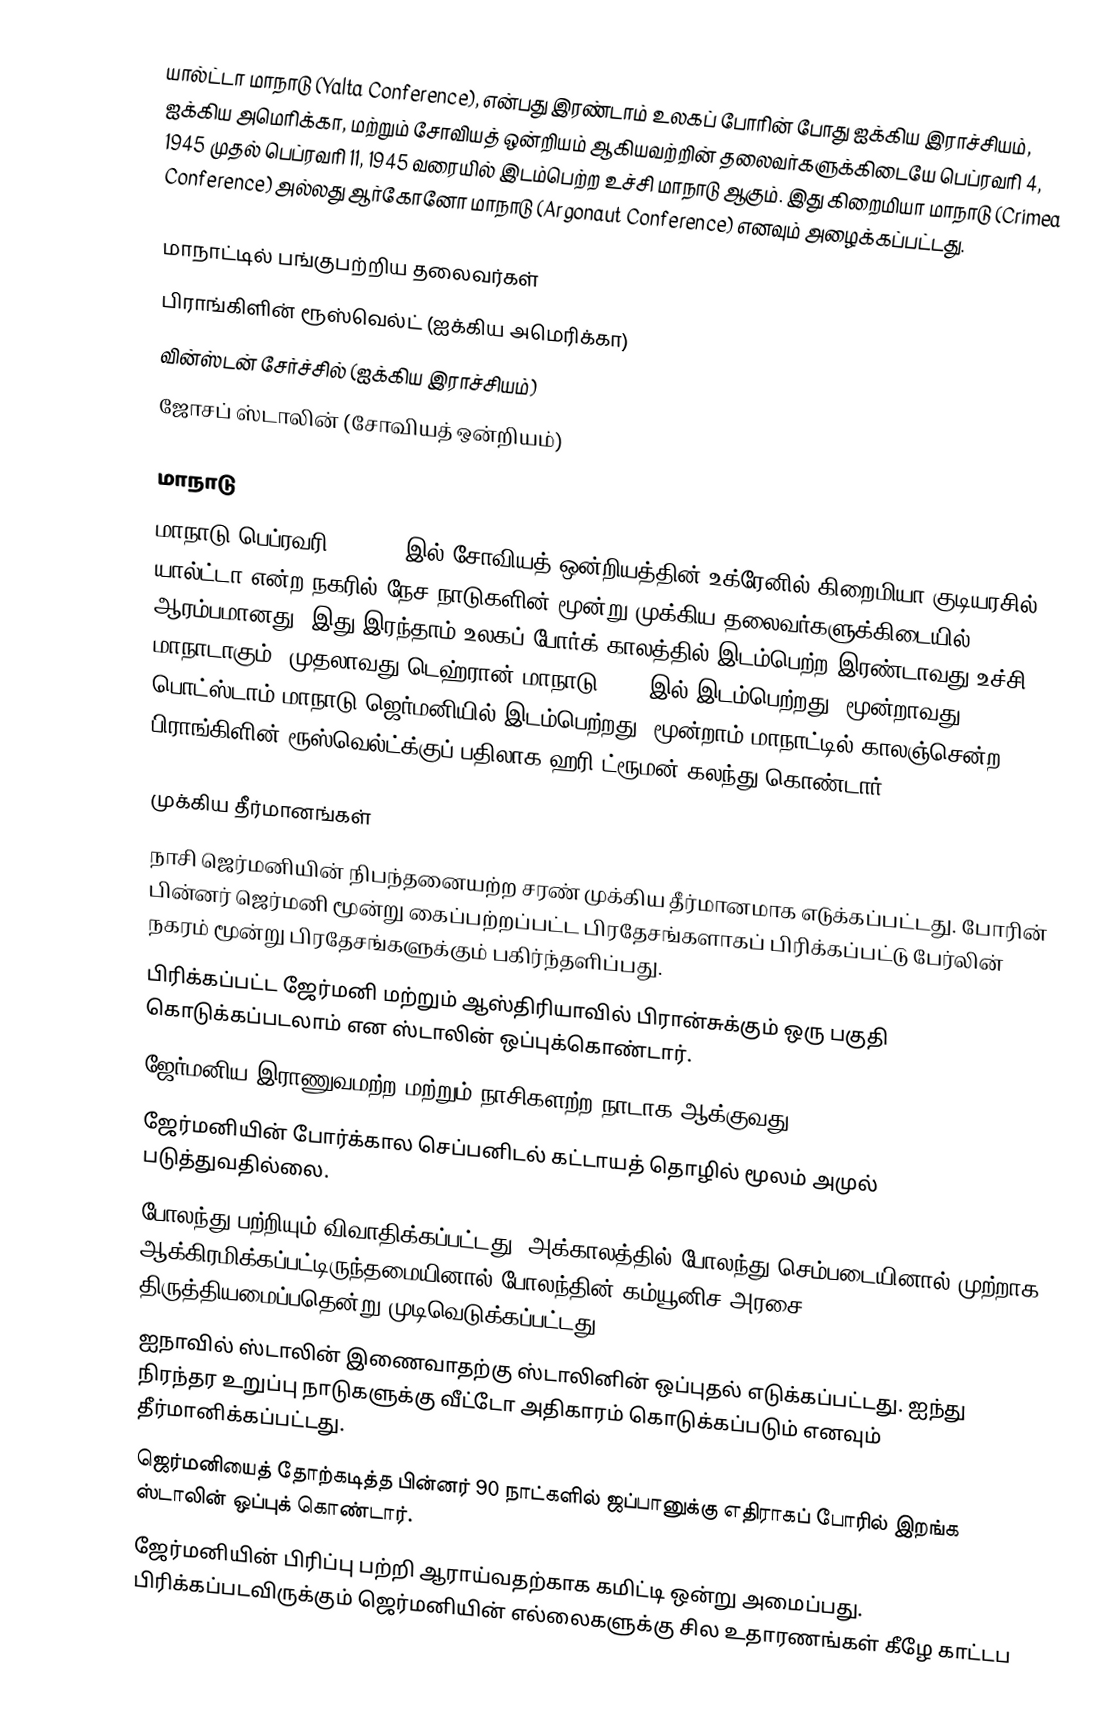
யால்ட்டா மாநாடு (Yalta Conference), என்பது இரண்டாம் உலகப் போரின் போது ஐக்கிய இராச்சியம், ஐக்கிய அமெரிக்கா, மற்றும் சோவியத் ஒன்றியம் ஆகியவற்றின் தலைவர்களுக்கிடையே பெப்ரவரி 4, 1945 முதல் பெப்ரவரி 11, 1945 வரையில் இடம்பெற்ற உச்சி மாநாடு ஆகும். இது கிறைமியா மாநாடு (Crimea Conference) அல்லது ஆர்கோனோ மாநாடு (Argonaut Conference) எனவும் அழைக்கப்பட்டது.

மாநாட்டில் பங்குபற்றிய தலைவர்கள்
 பிராங்கிளின் ரூஸ்வெல்ட் (ஐக்கிய அமெரிக்கா)
 வின்ஸ்டன் சேர்ச்சில் (ஐக்கிய இராச்சியம்)
 ஜோசப் ஸ்டாலின் (சோவியத் ஒன்றியம்)

மாநாடு
மாநாடு பெப்ரவரி 4, 1945 இல் சோவியத் ஒன்றியத்தின் உக்ரேனில் கிறைமியா குடியரசில் யால்ட்டா என்ற நகரில் நேச நாடுகளின் மூன்று முக்கிய தலைவர்களுக்கிடையில் ஆரம்பமானது. இது இரந்தாம் உலகப் போர்க் காலத்தில் இடம்பெற்ற இரண்டாவது உச்சி மாநாடாகும். முதலாவது டெஹ்ரான் மாநாடு 1943 இல் இடம்பெற்றது. மூன்றாவது பொட்ஸ்டாம் மாநாடு ஜெர்மனியில் இடம்பெற்றது. மூன்றாம் மாநாட்டில் காலஞ்சென்ற பிராங்கிளின் ரூஸ்வெல்ட்க்குப் பதிலாக ஹரி ட்ரூமன் கலந்து கொண்டார்.

முக்கிய தீர்மானங்கள்
 நாசி ஜெர்மனியின் நிபந்தனையற்ற சரண் முக்கிய தீர்மானமாக எடுக்கப்பட்டது. போரின் பின்னர் ஜெர்மனி மூன்று கைப்பற்றப்பட்ட பிரதேசங்களாகப் பிரிக்கப்பட்டு பேர்லின் நகரம் மூன்று பிரதேசங்களுக்கும் பகிர்ந்தளிப்பது.
 பிரிக்கப்பட்ட ஜேர்மனி மற்றும் ஆஸ்திரியாவில் பிரான்சுக்கும் ஒரு பகுதி கொடுக்கப்படலாம் என ஸ்டாலின் ஒப்புக்கொண்டார்.
 ஜேர்மனிய இராணுவமற்ற மற்றும் நாசிகளற்ற நாடாக ஆக்குவது.
 ஜேர்மனியின் போர்க்கால செப்பனிடல் கட்டாயத் தொழில் மூலம் அமுல் படுத்துவதில்லை.
 போலந்து பற்றியும் விவாதிக்கப்பட்டது. அக்காலத்தில் போலந்து செம்படையினால் முற்றாக ஆக்கிரமிக்கப்பட்டிருந்தமையினால் போலந்தின் கம்யூனிச அரசை திருத்தியமைப்பதென்று முடிவெடுக்கப்பட்டது.
 ஐநாவில் ஸ்டாலின் இணைவாதற்கு ஸ்டாலினின் ஒப்புதல் எடுக்கப்பட்டது. ஐந்து நிரந்தர உறுப்பு நாடுகளுக்கு வீட்டோ அதிகாரம் கொடுக்கப்படும் எனவும் தீர்மானிக்கப்பட்டது.
 ஜெர்மனியைத் தோற்கடித்த பின்னர் 90 நாட்களில் ஜப்பானுக்கு எதிராகப் போரில் இறங்க ஸ்டாலின் ஒப்புக் கொண்டார்.
 ஜேர்மனியின் பிரிப்பு பற்றி ஆராய்வதற்காக கமிட்டி ஒன்று அமைப்பது. பிரிக்கப்படவிருக்கும் ஜெர்மனியின் எல்லைகளுக்கு சில உதாரணங்கள் கீழே காட்டப